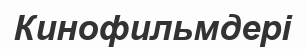
Кинофильмдері